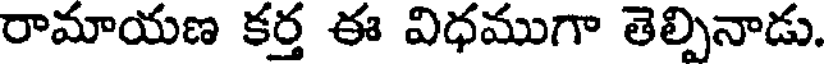
రామాయణ కర్త ఈ విధముగా తెల్పినాడు.